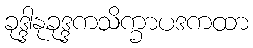
ခုဒ္ဒါနုခုဒ္ဒကသိက္ခာပဒကထာ